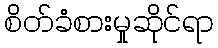
စိတ်ခံစားမှုဆိုင်ရာ